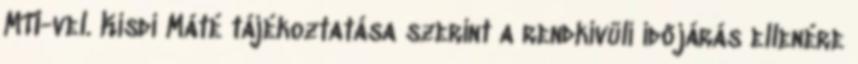
MTI-vel. Kisdi Máté tájékoztatása szerint a rendkívüli időjárás ellenére